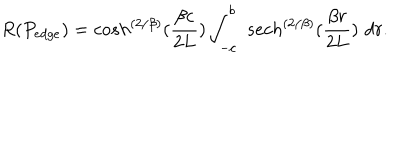
LaTeX: R ( P _ { e d g e } ) = c o s h ^ { \left( { 2 / \beta } \right) } ( { \frac { \beta c } { 2 L } } ) \int _ { - c } ^ { b } \, \, s e c h ^ { \left( { 2 / \beta } \right) } ( { \frac { \beta r } { 2 L } } ) \, \, d r .